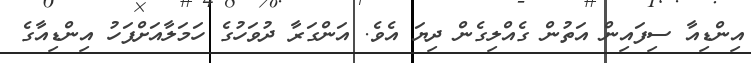
އިންޑިއާ ސިފައިން އަތުން ގެއްލިގެން ދިޔަ އެވެ. އަންގަރާ ދުވަހުގެ ހަމަލާއަށްފަހު އިންޑިއާގެ